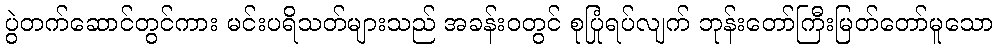
ပွဲတက်ဆောင်တွင်ကား မင်းပရိသတ်များသည် အခန်းဝတွင် စုပြုံရပ်လျက် ဘုန်းတော်ကြီးမြတ်တော်မူသော